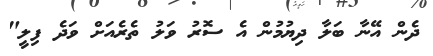
ދެން އޭނާ ބަލާ ދިޔުމުން އެ ސޮރު ވަލު ތެރެއަށް ވަދެ ފިލީ"